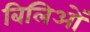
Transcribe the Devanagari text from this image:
बिलिओं